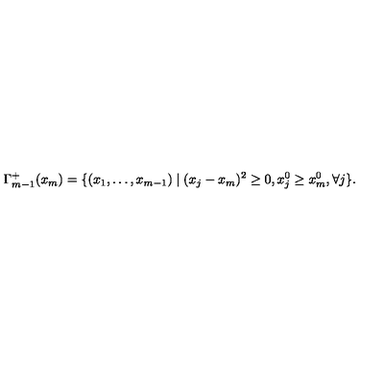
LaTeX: \Gamma _ { m - 1 } ^ { + } ( x _ { m } ) = \{ ( x _ { 1 } , \ldots , x _ { m - 1 } ) \mid ( x _ { j } - x _ { m } ) ^ { 2 } \ge 0 , x _ { j } ^ { 0 } \ge x _ { m } ^ { 0 } , \forall j \} .